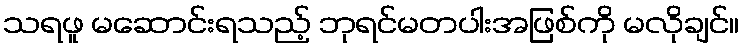
သရဖူ မဆောင်းရသည့် ဘုရင်မတပါးအဖြစ်ကို မလိုချင်။